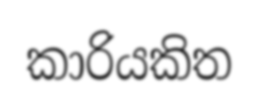
කාරියකිත